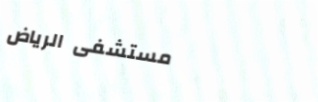
مستشفى الرياض